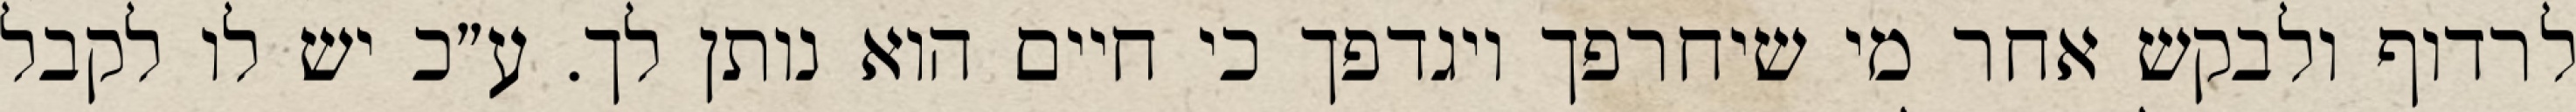
לרדוף ולבקש אחר מי שיחרפך ויגדפך כי חיים הוא נותן לך. ע״כ יש לו לקבל